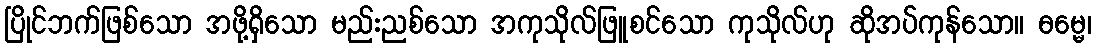
ပြိုင်ဘက်ဖြစ်သော အဖို့ရှိသော မည်းညစ်သော အကုသိုလ်ဖြူစင်သော ကုသိုလ်ဟု ဆိုအပ်ကုန်သော။ ဓမ္မေ၊